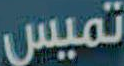
تميس